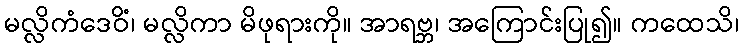
မလ္လိကံဒေဝိံ၊ မလ္လိကာ မိဖုရားကို။ အာရဗ္ဘ၊ အကြောင်းပြု၍။ ကထေသိ၊